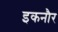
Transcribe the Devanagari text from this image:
इकनौर